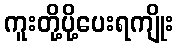
ကူးတို့ပို့ပေးရကျိုး